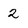
Character: 2